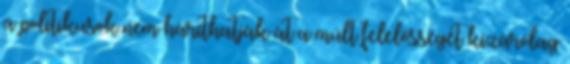
a politikusok nem háríthatják át a múlt felelősségét kizárólag